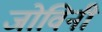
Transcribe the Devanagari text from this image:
जोविनी